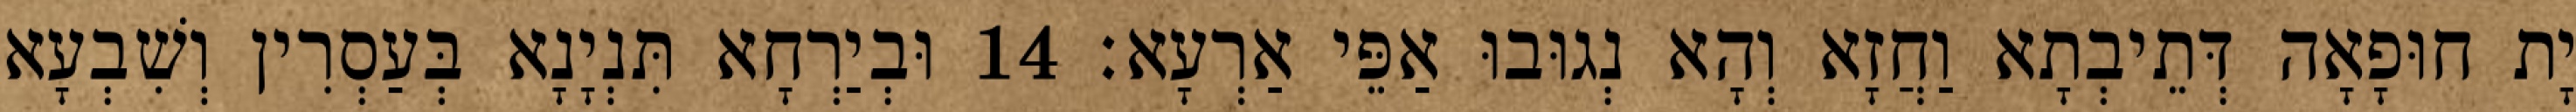
יָת חוּפָאָה דְּתֵיבְתָא וַחֲזָא וְהָא נְגוּבוּ אַפֵּי אַרְעָא׃ 14 וּבְיַרְחָא תִּנְיָנָא בְּעַסְרִין וְשִׁבְעָא